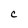
Character: C